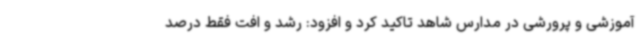
آموزشی و پرورشی در مدارس شاهد تاکید کرد و افزود: رشد و افت فقط درصد